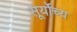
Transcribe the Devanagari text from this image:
सूर्योच्य